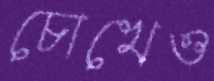
চোখেও